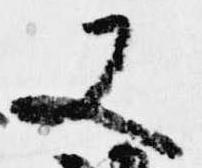
又